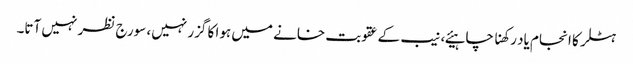
ہٹلر کا انجام یاد رکھنا چاہیئے، نیب کے عقوبت خانے میں ہوا کا گزر نہیں، سورج نظر نہیں آتا۔